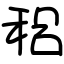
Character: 稆